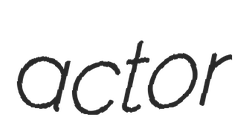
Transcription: actor